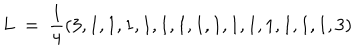
LaTeX: L \ = \ { \frac { 1 } { 4 } } ( 3 , 1 , 1 , 1 , 1 , 1 , 1 , 1 , 1 , 1 , 1 , 1 , 1 , 1 , 1 , 3 )